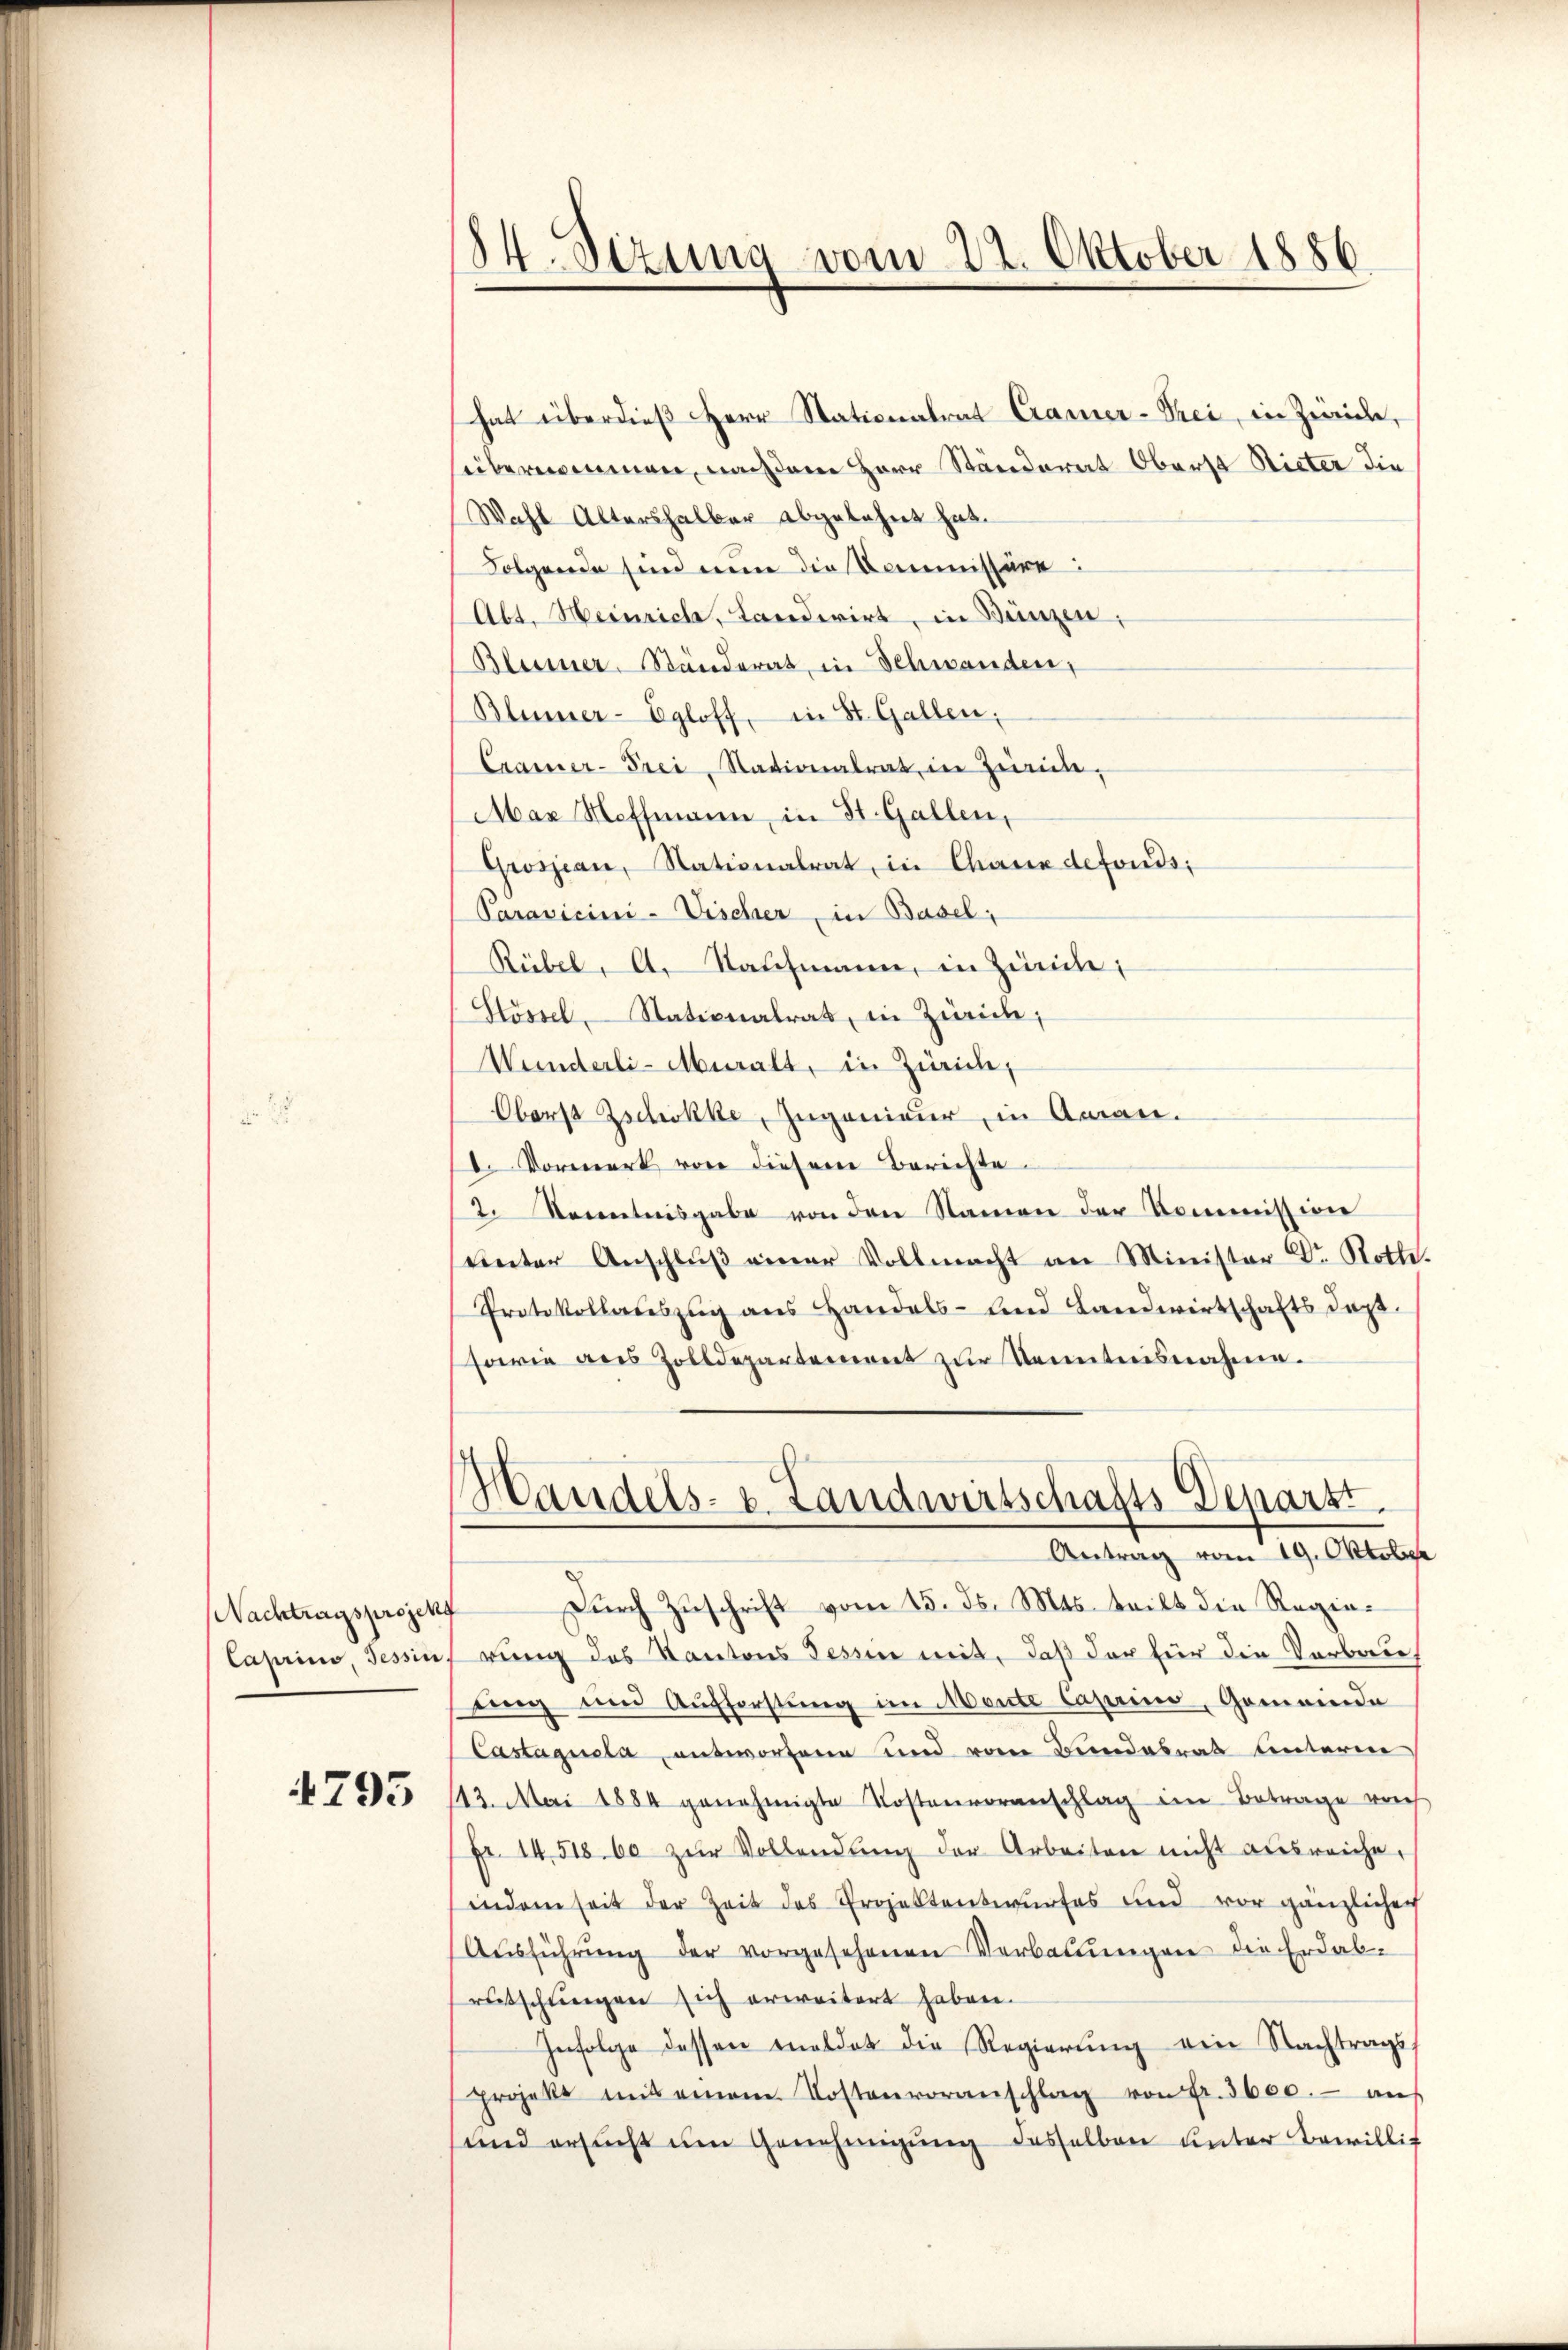
Nachtragsprojek
Caprius, Tessin.

4795

84. Sizung vom 22. Oktober 1886.

hat überdieß Herr Stationalrat Cramer-Prei, in Zürich,
sübernommen, nach dem Herr Ständerat Oberst Rieter die
Wahl Altershalber abgelehnt hat.
Folgende sind nun die Commissäre:
Abt. Heinrich, Landwirt, in Bünzen;
Blusser-Ständerat, in Schwanden,
Blumer-Egloff, in St. Gallen.
Cramer-Frei, Stationalrat in Zürich-
Max Hoffmann, in St. Gallen,
Grossian, Stationalrat, in Chaux defonds,
Paravicini-Vischer, in Basel;
Rübel, A. Nachmann, in Zürich,
Hössel, Nationalrat, in Zürich,
Wunderli-Muralt, in Zürich,
Oberst Zschokke, Zugenieur, in Aman.
. Vormerk von diesem Berichte
2. Kenntnisgabe von den Namen der Kommission
uinter Anschlŭβ einer Vollmacht an Minister Dr. Rotte.
Protokollaŭszŭg ans Handels- und Landwirtschafts dop
sowie aus Zolldepartement zur Kenntnisnahme.
Handels- u. Landwirtschafts-Depart
Antrag vom 19. Oktober
Durch Zuschrift vom 15. ds. Mts. teilt die Regierung des Kantons Tessin mit, daß der für die Verbrede
ung und Aufforstung im Monte Caprio, Gemeinde
Castaquela entwortene und vom Bundesrat Unteren
13. Mai 1884 genehmigte Kostenvoranschlag im Betrage reich
Fr. 14518. 60 zŭr Vollendŭng der Arbeiten nicht ausreiche,
indem seit der Zeit des Projektentwŭrfes und vor gänzlichen
Aŭsführŭng der vorgesehenen Verbaŭŭngen die Erdab-
rutschungen sich erweitert haben.
Infolge dessen meldet die Regierung ein Nachtrags
projekt mit einem Kostenvoranschlag von fr. 3600.- aŭs
und ersŭcht ŭm Genehmigŭng desselben unter Bewillig